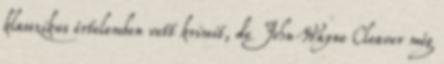
klasszikus értelemben vett krimit, de John Wayne Cleaver még